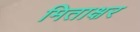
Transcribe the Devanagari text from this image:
मिताक्षर